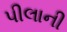
પીલાની